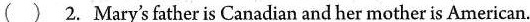
( ) 2. Mary's father is Canadian and her mother is American.